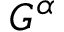
G ^ { \alpha }